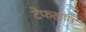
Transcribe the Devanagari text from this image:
टेफलॉन